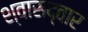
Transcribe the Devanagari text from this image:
श्वासद्वार